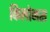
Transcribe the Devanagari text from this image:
किलोनस